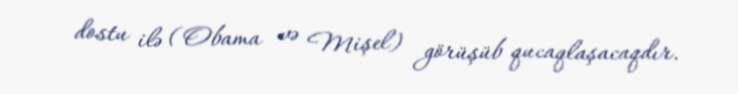
dostu ilə (Obama və Mişel) görüşüb qucaqlaşacaqdır.